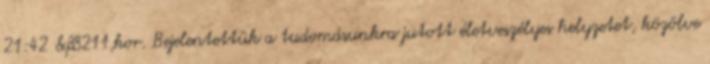
21:42 &#8211;kor. Bejelentettük a tudomásunkra jutott életveszélyes helyzetet, közölve